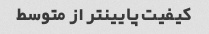
کیفیت پایینتر از متوسط